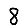
Digit: 8